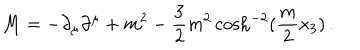
M = - \partial _ { \mu } \partial ^ { \mu } + m ^ { 2 } - \frac { 3 } { 2 } m ^ { 2 } \cosh ^ { - 2 } ( \frac { m } { 2 } x _ { 3 } ) \, .